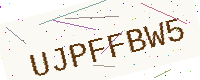
Text: UJPFFBW5